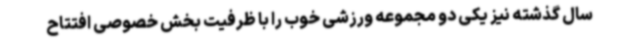
سال گذشته نیز یکی دو مجموعه ورزشی خوب را با ظرفیت بخش خصوصی افتتاح